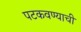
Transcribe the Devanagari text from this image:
पटकवण्याची